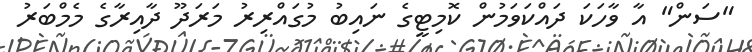
"ސަން" އާ ވާހަކަ ދައްކަވަމުން ކޮމިޓީގެ ނައިބު މުގައްރިރު މަރަދޫ ދާއިރާގެ މެމްބަރު